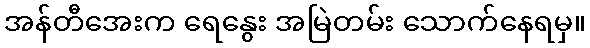
အန်တီအေးက ရေနွေး အမြဲတမ်း သောက်နေရမှ။